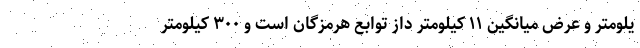
یلومتر و عرض میانگین ۱۱ کیلومتر داز توابع هرمزگان است و ۳۰۰ کیلومتر